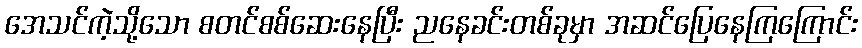
အေသင်ကဲ့သို့သော စတင်စစ်ဆေးနေပြီး ညနေခင်းတစ်ခုမှာ အဆင်ပြေနေကြကြောင်း